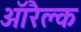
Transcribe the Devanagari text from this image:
ऑरैक्ल